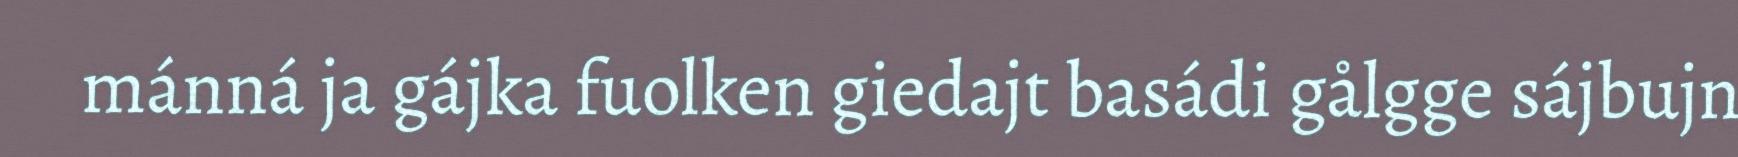
mánná ja gájka fuolken giedajt basádi gålgge sájbujn